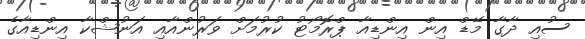
ސުއި ދާގާ މޭޑް އިން އިންޑިއާ ޕްރޮމޯޓު ކުރުމަށް ވަރުންއާއި އަނުޝްކާ އިންޑިއާގެ